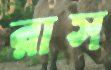
রাস